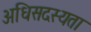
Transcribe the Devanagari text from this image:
अधिसदस्यता